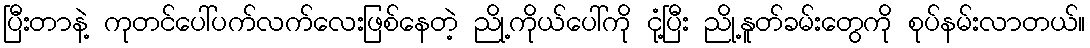
ပြီးတာနဲ့ ကုတင်ပေါ်ပက်လက်လေးဖြစ်နေတဲ့ ညို့ကိုယ်ပေါ်ကို ငုံ့ပြီး ညို့နူတ်ခမ်းတွေကို စုပ်နမ်းလာတယ်။